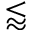
\lessapprox